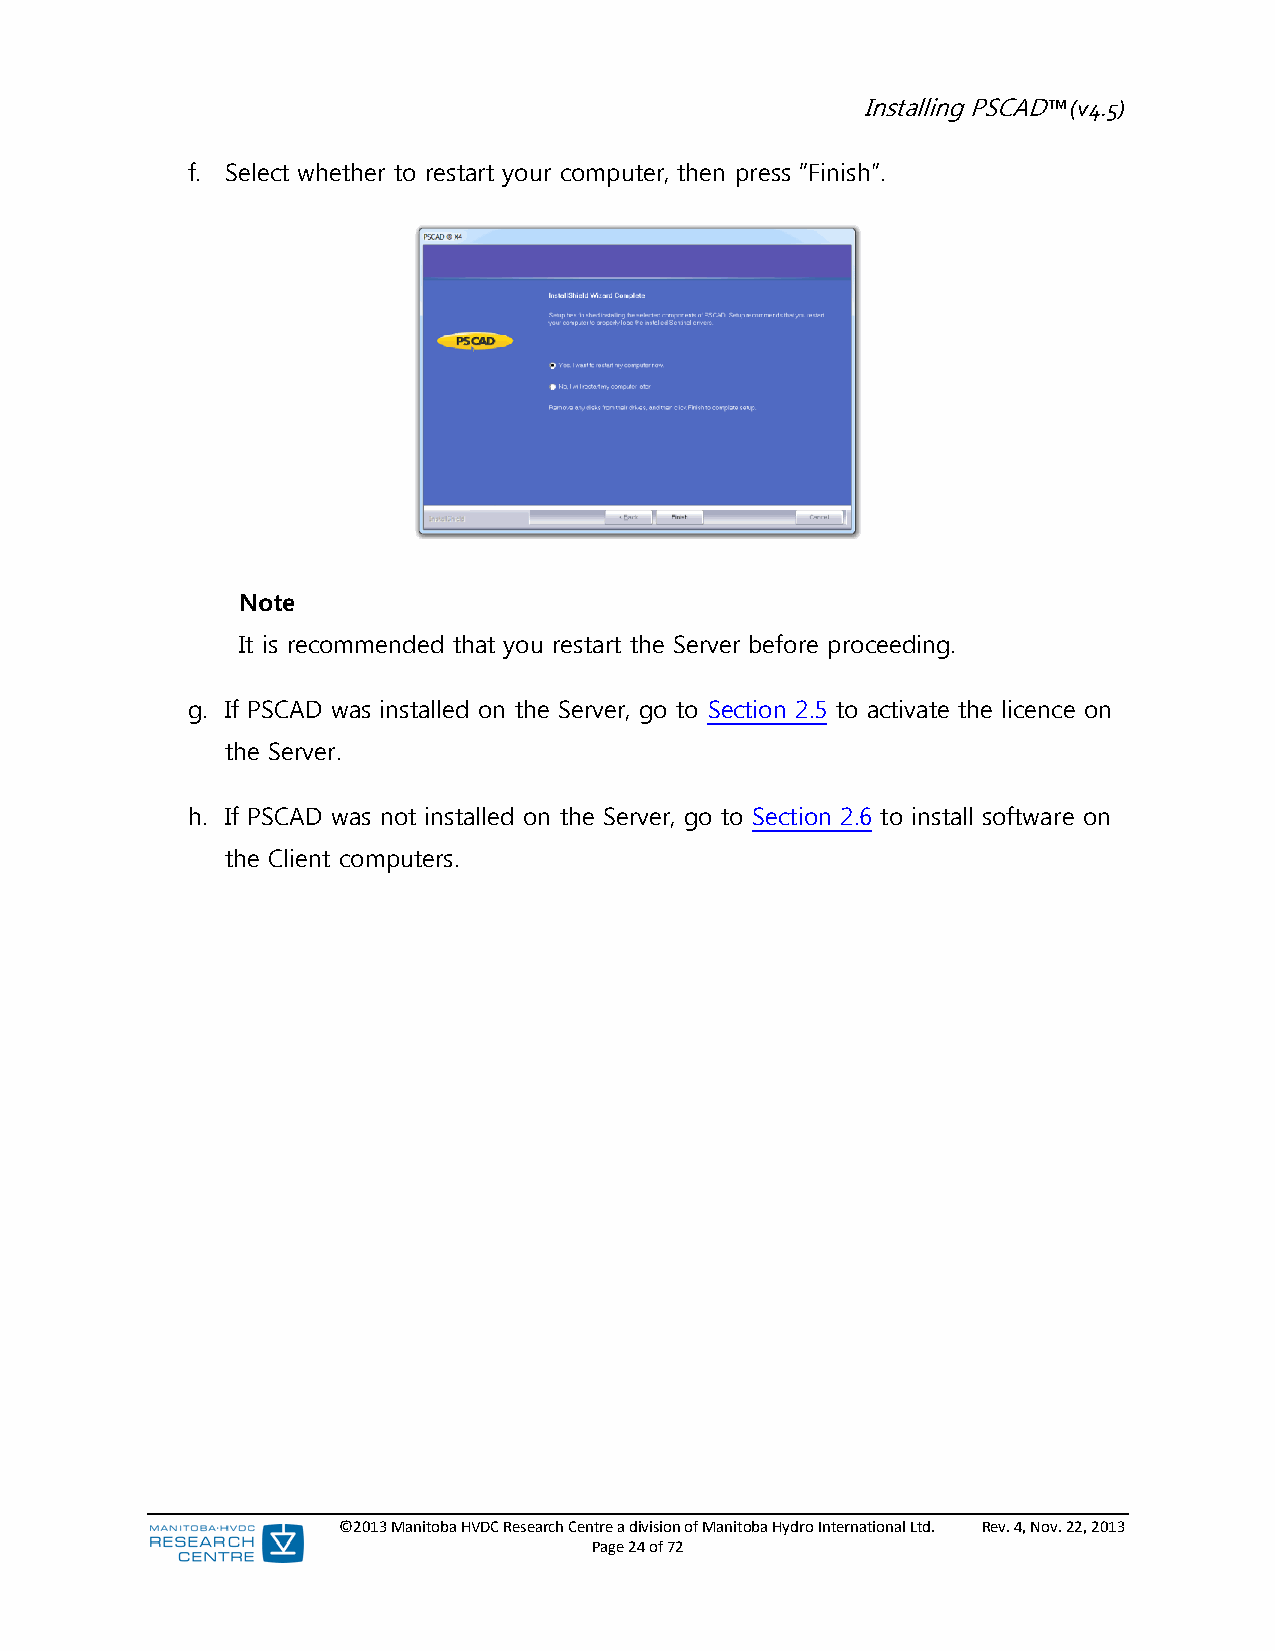
Installing PSCAD™ (v4.5)
 f. Select whether to restart your computer, then press “Finish”.
 Note
 It is recommended that you restart the Server before proceeding.
 g. If PSCAD was installed on the Server, go to Section 2.5 to activate the licence on
 the Server.
 h. If PSCAD was not installed on the Server, go to Section 2.6 to install software on
 the Client computers.
 ©2013 Manitoba HVDC Research Centre a division of Manitoba Hydro International Ltd. Rev. 4, Nov. 22, 2013
 Page 24 of 72